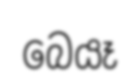
බෙයෑ